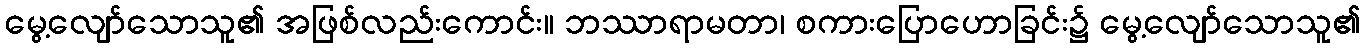
မွေ့လျော်သောသူ၏ အဖြစ်လည်းကောင်း။ ဘဿာရာမတာ၊ စကားပြောဟောခြင်း၌ မွေ့လျော်သောသူ၏